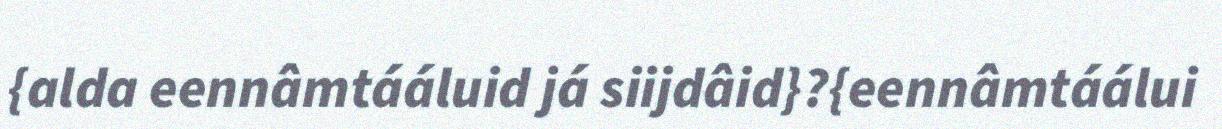
{alda eennâmtááluid já siijdâid}?{eennâmtáálui